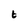
Character: t